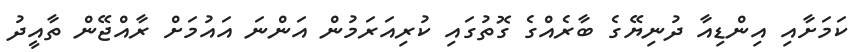
ކަމަށާއި އިންޑިއާ ދުނިޔޭގެ ބާރެއްގެ ގޮތުގައި ކުރިއަރަމުން އަންނަ އައުމަށް ރާއްޖޭން ތާއީދު